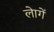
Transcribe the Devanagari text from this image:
लेागें